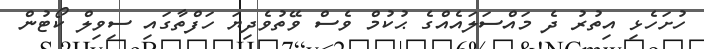
ހުށަހެޅި އިތުރު ދެ މައްސަލައެއްގެ ޙުކުމް ވެސް ވޭތުވެދިޔަ ހަފްތާގައި ސިވިލް ކޯޓުން